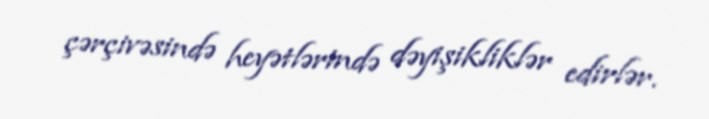
çərçivəsində heyətlərində dəyişikliklər edirlər.